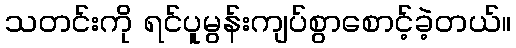
သတင်းကို ရင်ပူမွန်းကျပ်စွာစောင့်ခဲ့တယ်။